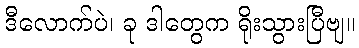
ဒီလောက်ပဲ၊ ခု ဒါတွေက ရိုးသွားပြီဗျ။